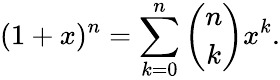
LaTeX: (1+x)^{n}=\sum_{k=0}^{n}{\binom{n}{k}}x^{k}.